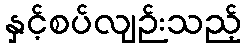
နှင့်စပ်လျဉ်းသည့်